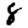
Digit: 8